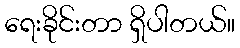
ရေးခိုင်းတာ ရှိပါတယ်။